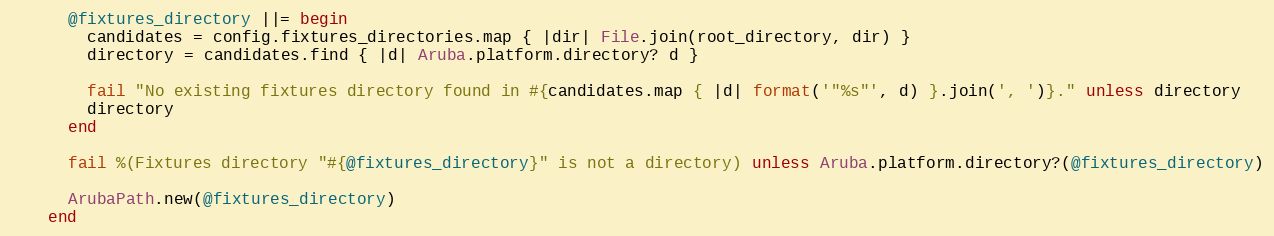
Language: Ruby
      @fixtures_directory ||= begin
        candidates = config.fixtures_directories.map { |dir| File.join(root_directory, dir) }
        directory = candidates.find { |d| Aruba.platform.directory? d }

        fail "No existing fixtures directory found in #{candidates.map { |d| format('"%s"', d) }.join(', ')}." unless directory
        directory
      end

      fail %(Fixtures directory "#{@fixtures_directory}" is not a directory) unless Aruba.platform.directory?(@fixtures_directory)

      ArubaPath.new(@fixtures_directory)
    end